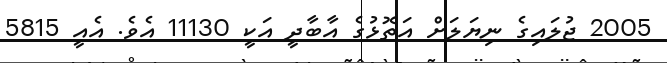
2005 ޖުލައިގެ ނިޔަލަށް އަތޮޅުގެ އާބާދީ އަކީ 11130 އެވެ. އެއީ 5815